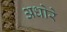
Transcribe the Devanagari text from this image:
अधोरे